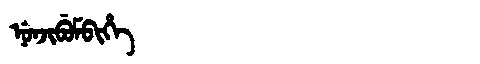
Manchu: ᠨᡠᠨᠵᡳᠪᡠᠮᠪᡳᡥᡝ
Romanization: NUNJIBUMBIHE